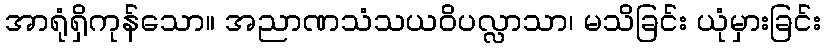
အာရုံရှိကုန်သော။ အညာဏသံသယဝိပလ္လာသာ၊ မသိခြင်း ယုံမှားခြင်း